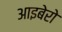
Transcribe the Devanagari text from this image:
आइबेरो